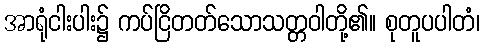
အာရုံငါးပါး၌ ကပ်ငြိတတ်သောသတ္တဝါတို့၏။ စုတူပပါတံ၊